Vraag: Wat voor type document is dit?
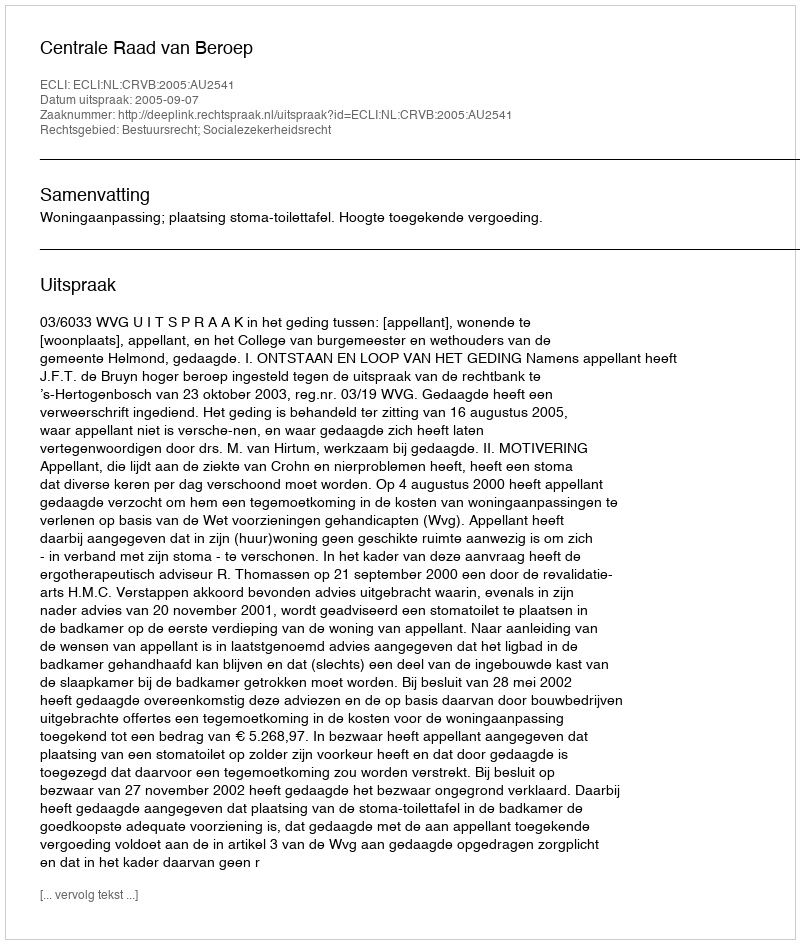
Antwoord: Uitspraak